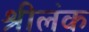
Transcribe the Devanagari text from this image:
श्रीलंक